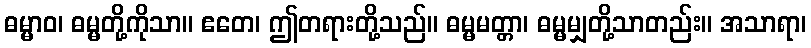
ဓမ္မာဝ၊ ဓမ္မတို့ကိုသာ။ ဧတေ၊ ဤတရားတို့သည်။ ဓမ္မမတ္တာ၊ ဓမ္မမျှတို့သာတည်း။ အသာရာ၊